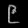
Digit: ၉